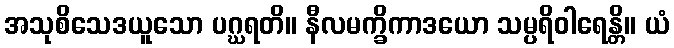
အသုစိသေဒယူသော ပဂ္ဃရတိ။ နီလမက္ခိကာဒယော သမ္ပရိဝါရေန္တိ။ ယံ